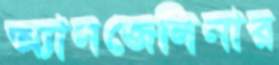
অ্যানজেলিনার